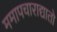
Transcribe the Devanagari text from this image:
ममापचाराद्यातो